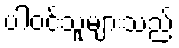
ပါဝင်သူများသည်